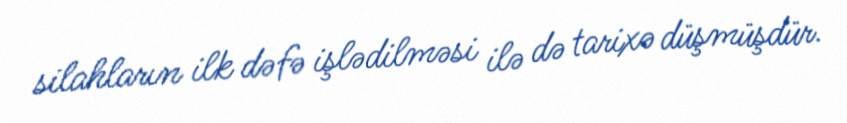
silahların ilk dəfə işlədilməsi ilə də tarixə düşmüşdür.